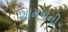
શામળની